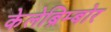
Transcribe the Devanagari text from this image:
केलेब्रिम्बोर